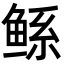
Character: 鲧